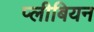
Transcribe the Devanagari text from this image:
प्लीबियन